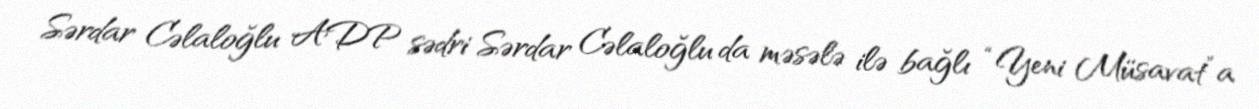
Sərdar Cəlaloğlu ADP sədri Sərdar Cəlaloğlu da məsələ ilə bağlı “Yeni Müsavat”a